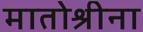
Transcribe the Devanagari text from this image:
मातोश्रीना